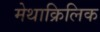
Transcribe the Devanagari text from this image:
मेथाक्रिलिक